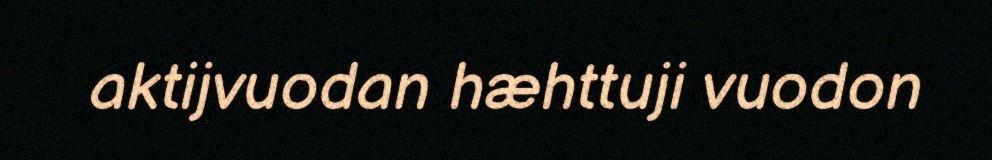
aktijvuodan hæhttuji vuodon